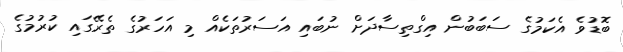
ބޮޑުވެ އެކަމުގެ ސަބަބުން އިގްތިސާދަށް ނުބައި އަސަރުތަކެއް މި އަހަރުގެ ތެރޭގައި ކުރުމުގެ